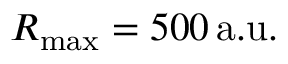
R _ { \mathrm { m a x } } = 5 0 0 \, \mathrm { a . u . }